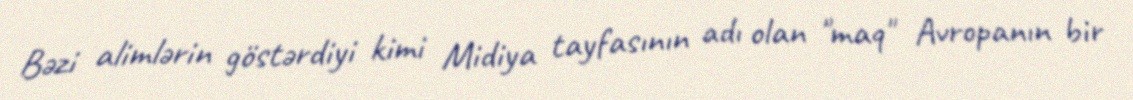
Bəzi alimlərin göstərdiyi kimi Midiya tayfasının adı olan "maq" Avropanın bir